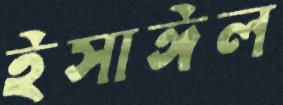
ইসাঈল